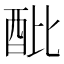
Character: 𨟵